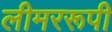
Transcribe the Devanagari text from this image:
लीमररूपी